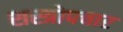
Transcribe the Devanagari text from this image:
शस्त्रोपचार